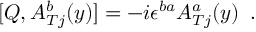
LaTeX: [ Q , A _ { T j } ^ { b } ( y ) ] = - i \epsilon ^ { b a } A _ { T j } ^ { a } ( y ) \, \, \, .